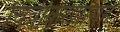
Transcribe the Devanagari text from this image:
चित्रीकरणासह